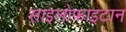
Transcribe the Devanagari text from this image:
साइलोफाइटान